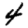
Digit: 4